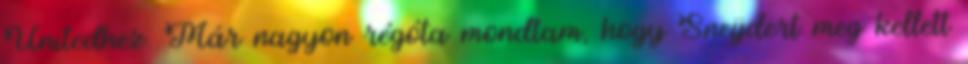
Unitedhez. Már nagyon régóta mondtam, hogy Sneijdert meg kellett